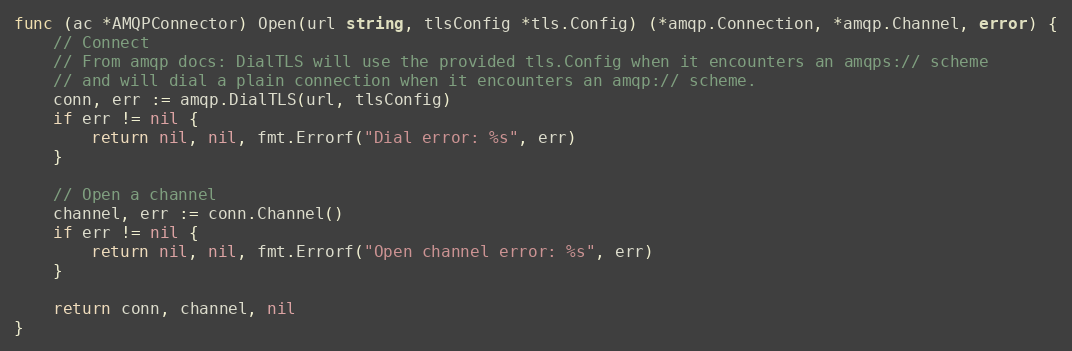
Language: Go
func (ac *AMQPConnector) Open(url string, tlsConfig *tls.Config) (*amqp.Connection, *amqp.Channel, error) {
	// Connect
	// From amqp docs: DialTLS will use the provided tls.Config when it encounters an amqps:// scheme
	// and will dial a plain connection when it encounters an amqp:// scheme.
	conn, err := amqp.DialTLS(url, tlsConfig)
	if err != nil {
		return nil, nil, fmt.Errorf("Dial error: %s", err)
	}

	// Open a channel
	channel, err := conn.Channel()
	if err != nil {
		return nil, nil, fmt.Errorf("Open channel error: %s", err)
	}

	return conn, channel, nil
}